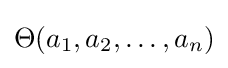
\Theta (a_{1},a_{2},\ldots ,a_{n})